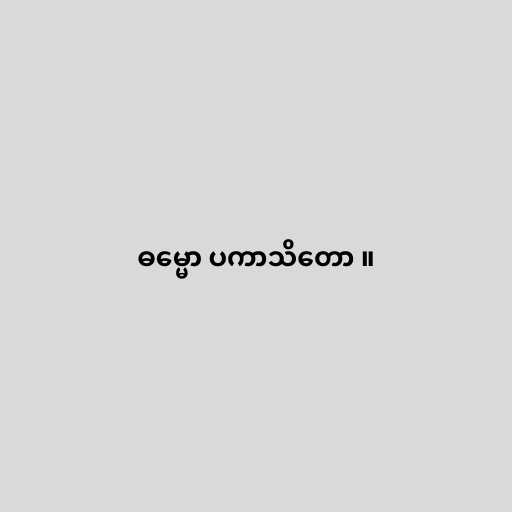
ဓမ္မော ပကာသိတော ။